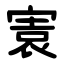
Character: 㝨